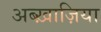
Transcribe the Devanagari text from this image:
अब्ख़ाज़िया